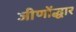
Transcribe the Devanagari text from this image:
जीणोंद्धार